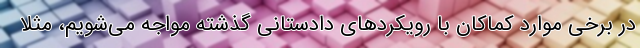
در برخی موارد کماکان با رویکردهای دادستانی گذشته مواجه می‌شویم، مثلا